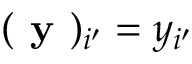
( \textbf { y } ) _ { i ^ { \prime } } = y _ { i ^ { \prime } }